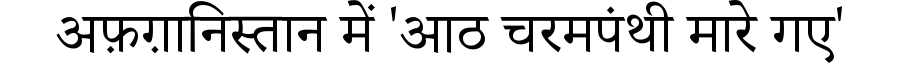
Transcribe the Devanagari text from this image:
अफ़ग़ानिस्तान में 'आठ चरमपंथी मारे गए'